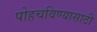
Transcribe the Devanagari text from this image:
पोहचविण्यासाठी